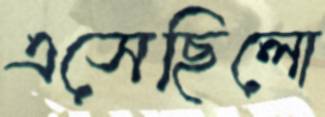
এসেছিলো